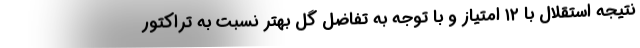
نتیجه استقلال با ۱۲ امتیاز و با توجه به تفاضل گل بهتر نسبت به تراکتور